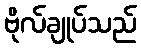
ဗိုလ်ချုပ်သည်